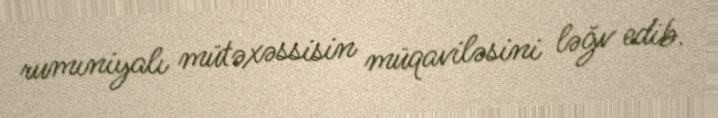
rumıniyalı mütəxəssisin müqaviləsini ləğv edib.